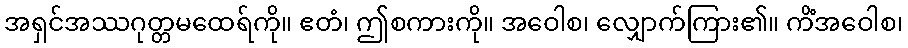
အရှင်အဿဂုတ္တမထေရ်ကို။ ဧတံ၊ ဤစကားကို။ အဝေါစ၊ လျှောက်ကြား၏။ ကိံအဝေါစ၊